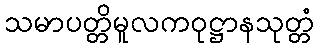
သမာပတ္တိမူလကဝုဋ္ဌာနသုတ္တံ